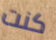
كنت